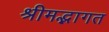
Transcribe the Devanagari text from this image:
श्रीमद्भागत